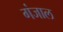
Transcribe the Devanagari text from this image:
गंजाल